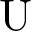
\mathrm { U }